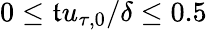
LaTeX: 0\leq\mathfrak{t}u_{\tau,0}/\delta\leq0.5